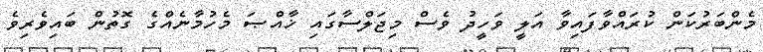
މެންބަރުކަން ކުރައްވާފައިވާ އަލީ ވަހީދު ވެސް މިޖަލްސާގައި ޚާއްޞަ މެހުމާނެއްގެ ގޮތުން ބައިވެރިވެ